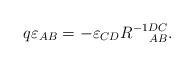
LaTeX: \begin{align*}q\varepsilon_{AB}=-\varepsilon_{CD} R^{-1DC}_{\;\;\;\;\;AB}.\end{align*}